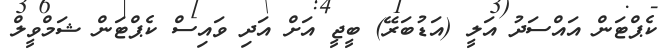
ކެޕްޓަން އައްސަދު އަލީ (އަޑުބަރޭ) ބީޖީ އަށް އަދި ވައިސް ކެޕްޓަން ޝަމްވީލް